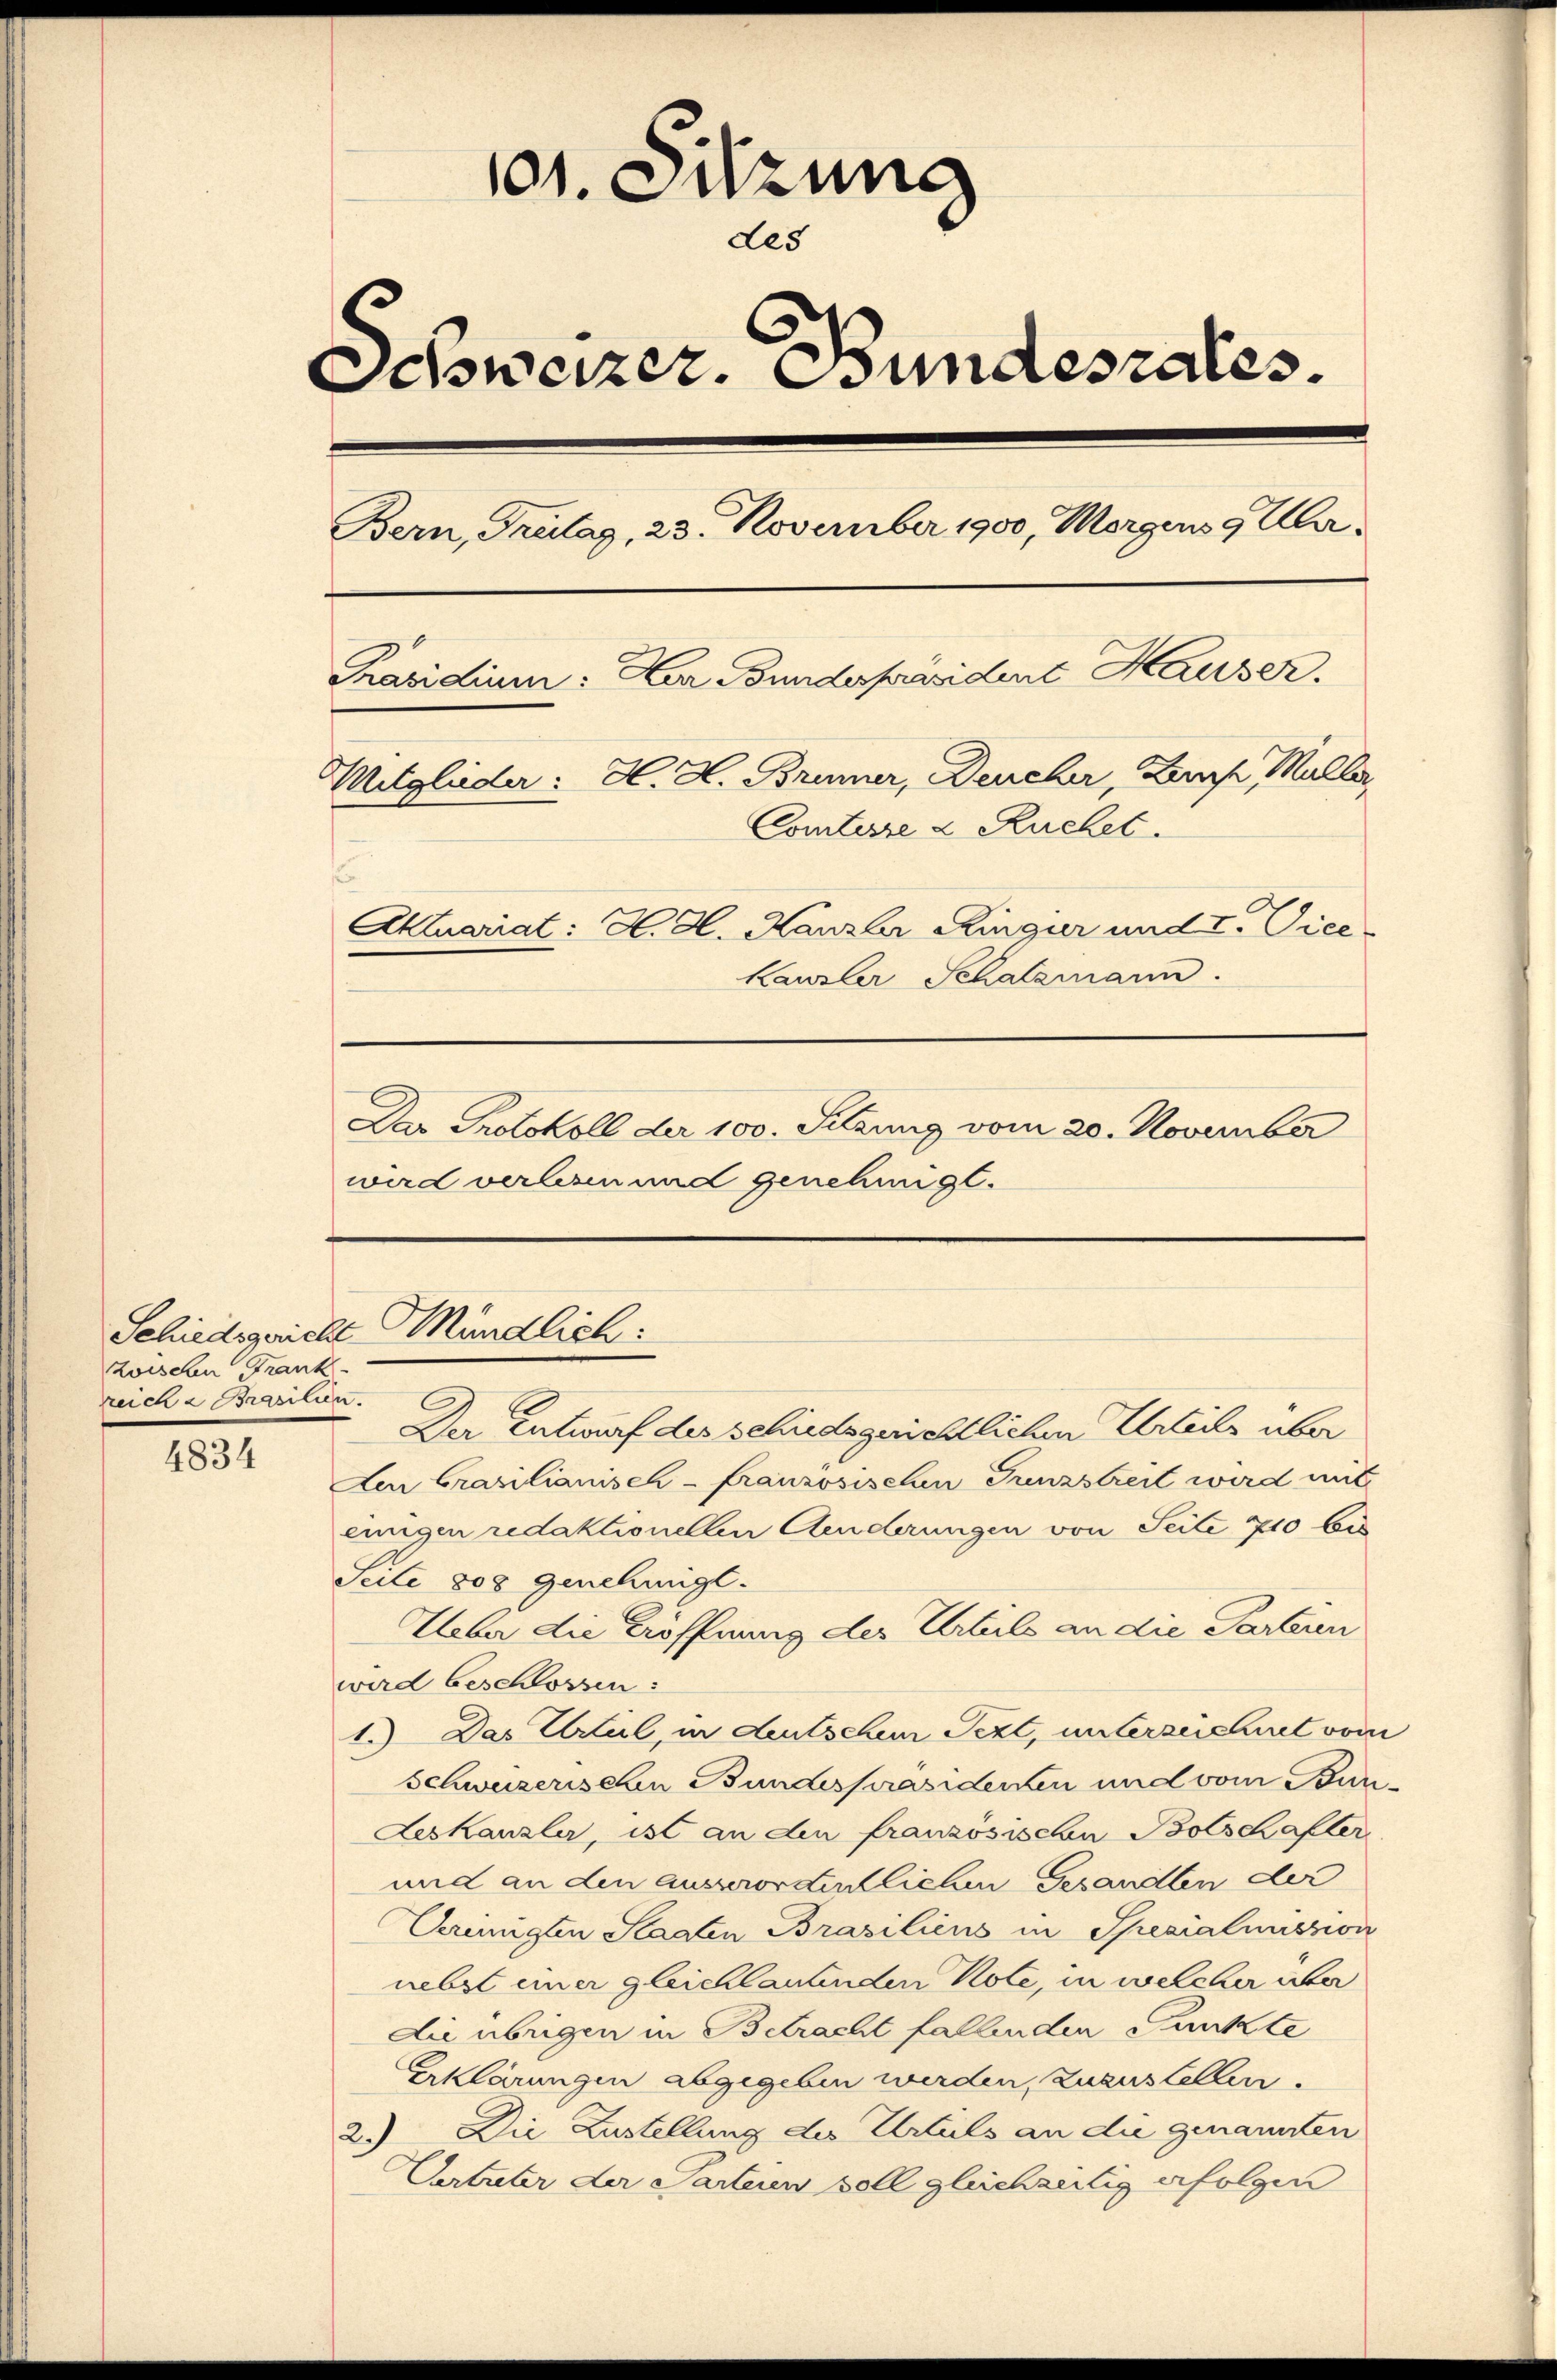
zwischen Frank
reich & Brasilien.

4834

101. Sitzung
Les
Schweizer. Bundesrates.
Bern, Trülag, 23. November 1900, Morgens 9 Uhr¬
Präsidium: Der Bundespräsident Hauser.
Mitglieder: H. H. Brüner, Deucher, Bache Malle
Comtesse & Ruchet.
s
Aktuariat: H. H. Kanzler Ringier und I. Vice-
Kausler Schatzmann.
Das Protokoll der 100. Sitzung vom 20. November
wird verlesen und genehmigt.

Der Entwurf des schiedsgerichtlichen Urteils über
Aen brasilianisch-französischen Tunzstreit wird mit
einigen redaktionellen Anderungen von Seite 710 bis
Seite 800 genehmigt.
Ueber die Eröffnung des Urteils an die Parteien
wird beschlossen:
1.) Das Urteil, in deutschem Pezt, unterzeichnet vom
Schweizerischen Bundespräsidenten und vom Bun¬
Leskanzler, ist an den französischen Bolschafter
und an den ausserordentlichen Gesandten der
Vereinigten Staaten Brasiliens in Spezialmission
nebst einer gleichlautenden Note, in welcher über
die übrigen in Betracht fallenden Punkte
Erklärungen abgegeben werden, zuzustellen.
2.) Die Zustellung des Urteils an die genannten
Vertater der Parteien soll gleichzeitig erfolgen

Schiedsgericht Mündlich: